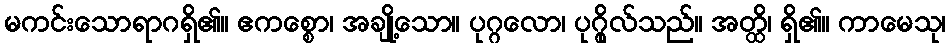
မကင်းသောရာဂရှိ၏။ ဧကစ္စော၊ အချို့သော။ ပုဂ္ဂလော၊ ပုဂ္ဂိုလ်သည်။ အတ္ထိ၊ ရှိ၏။ ကာမေသု၊